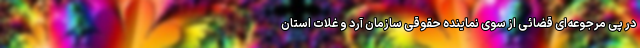
در پی مرجوعه‌ای قضائی از سوی نماینده حقوقی سازمان آرد و غلات استان